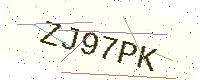
Text: ZJ97PK